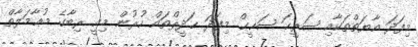
މިފަދަ އާޔަތްތަކާއި ޞަރީޙަ ޞަޙީޙް މިފަދަ ޙަދީޘްތައް ހުރުން މިއީ ރިބާގެ މުޢާމަލާތް